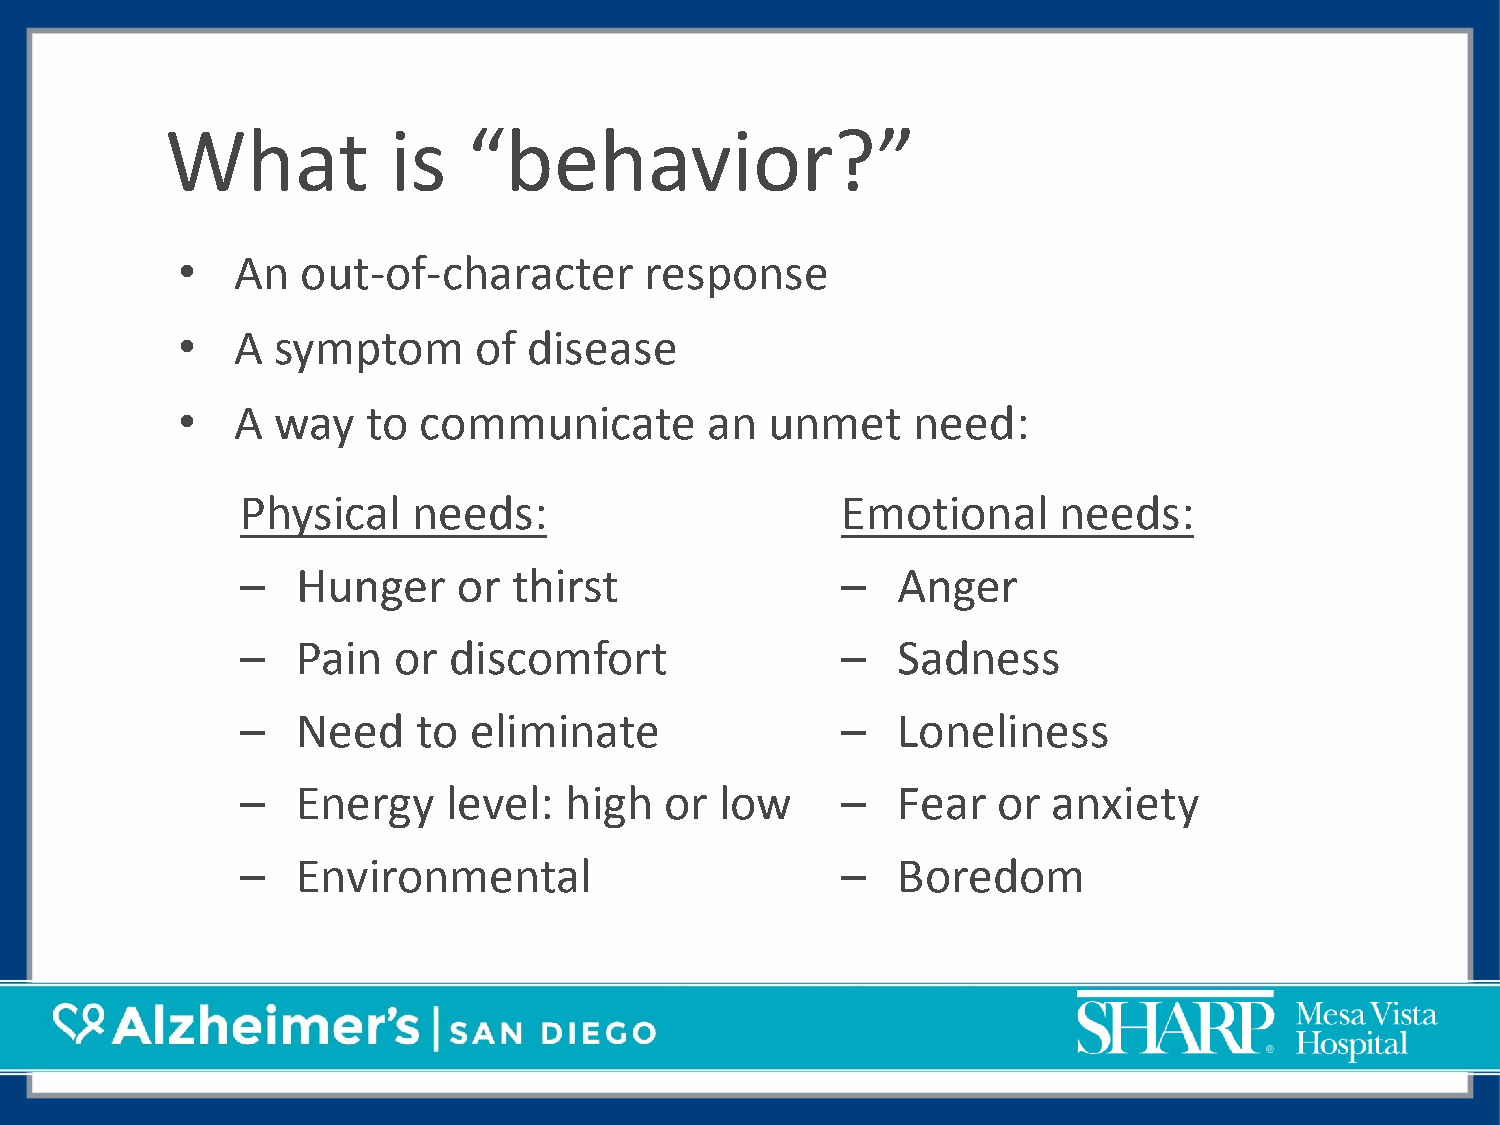
What           is   “behavior?”
 •  An   out-of-character       response
 •  A  symptom      of  disease
 •  A  way   to  communicate        an  unmet    need:
 Physical   needs:                       Emotional     needs:
 –   Hunger    or  thirst                –  Anger
 –   Pain  or  discomfort                –  Sadness
 –   Need    to eliminate                –  Loneliness
 –   Energy    level: high   or  low     –  Fear   or  anxiety
 –   Environmental                       –  Boredom